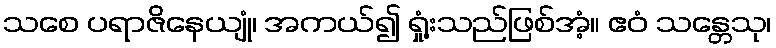
သစေ ပရာဇိနေယျုံ၊ အကယ်၍ ရှုံ့းသည်ဖြစ်အံ့။ ဧဝံ သန္တေသု၊